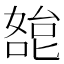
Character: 㗠